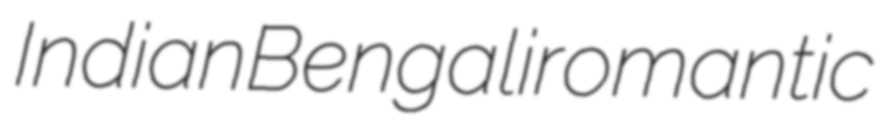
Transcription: Indian Bengali romantic